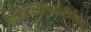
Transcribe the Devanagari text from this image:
किमशक्त्यार्थाभिनिवेशेन।